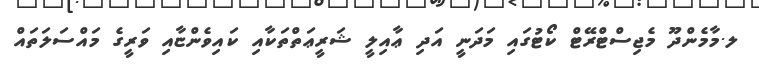
ލ.މާމެންދޫ މެޖިސްޓްރޭޓް ކޯޓުގައި މަދަނީ އަދި ޢާއިލީ ޝަރީޢަތްތަކާއި ކައިވެންޏާއި ވަރީގެ މައްސަލަތައް